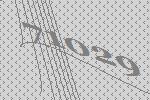
71029